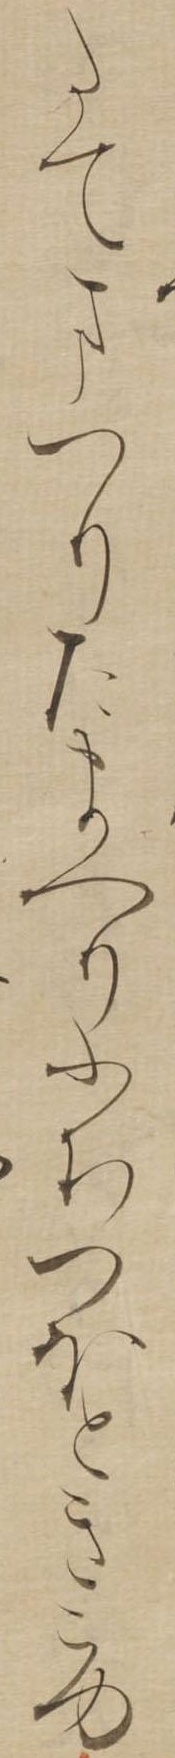
たてまつりたまへりふちつほときこゆ